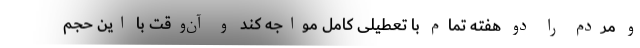
و مردم را دو هفته تمام با تعطیلی کامل مواجه کند و آن‌وقت با این حجم